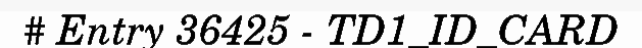
# Entry 36425 - TD1_ID_CARD